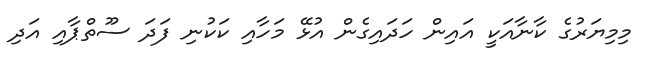
މިމިޔަރުގެ ކާނާއަކީ އައިން ހަދައިގެން އުޅޭ މަހާއި ކަކުނި ފަދަ ސޫތްޕާއި އަދި